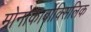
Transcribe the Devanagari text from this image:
मोनोकार्बोक्सिलिक